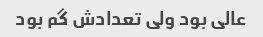
عالی بود ولی تعدادش گم بود